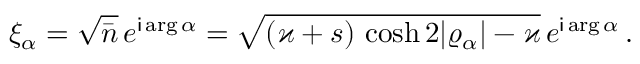
\xi _ { \alpha } = \sqrt { \bar { n } } \, e ^ { \mathsf { i } \arg \alpha } = \sqrt { ( \varkappa + s ) \, \cosh 2 \vert \varrho _ { \alpha } \vert - \varkappa } \, e ^ { \mathsf { i } \arg \alpha } \, .